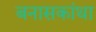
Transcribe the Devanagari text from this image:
बनासकांथा